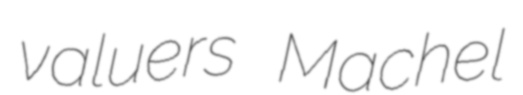
valuers Machel